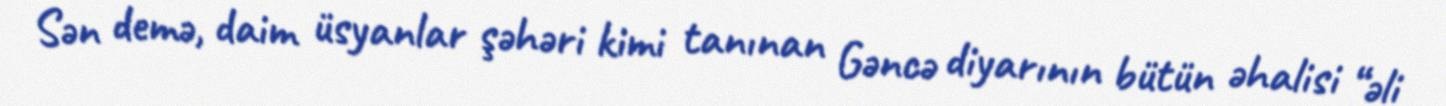
Sən demə, daim üsyanlar şəhəri kimi tanınan Gəncə diyarının bütün əhalisi “əli